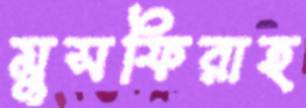
মুসফিরাহ